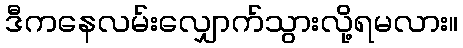
ဒီကနေလမ်းလျှောက်သွားလို့ရမလား။